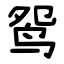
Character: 鸳